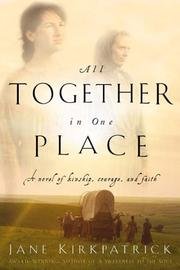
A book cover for All Together In One Place - Book One Of The Kinship And Courage Series; Jane Kirkpatrick; Christian Books & Bibles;